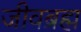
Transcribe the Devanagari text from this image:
जीवब्रह्म